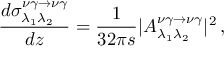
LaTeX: \frac { d { \sigma } _ { \lambda _ { 1 } \lambda _ { 2 } } ^ { \nu \gamma \to \nu \gamma } } { d z } = \frac { 1 } { 3 2 \pi s } | { \cal A } _ { \lambda _ { 1 } \lambda _ { 2 } } ^ { \nu \gamma \to \nu \gamma } | ^ { 2 } \, ,